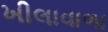
ખીલાવાળા